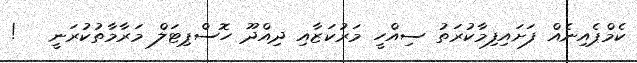
ކެމްޕެއިނެއް ފަށައިފިމާކުރަތު ސިއްހީ މަރުކަޒާއި ދިއްދޫ ހޮސްޕިޓަލް މަރާމާތުކުރަނީ   !